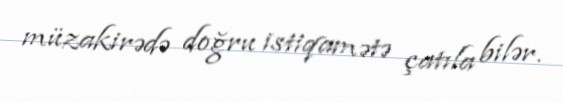
müzakirədə doğru istiqamətə çatıla bilər.